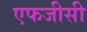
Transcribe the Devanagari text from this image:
एफजीसी